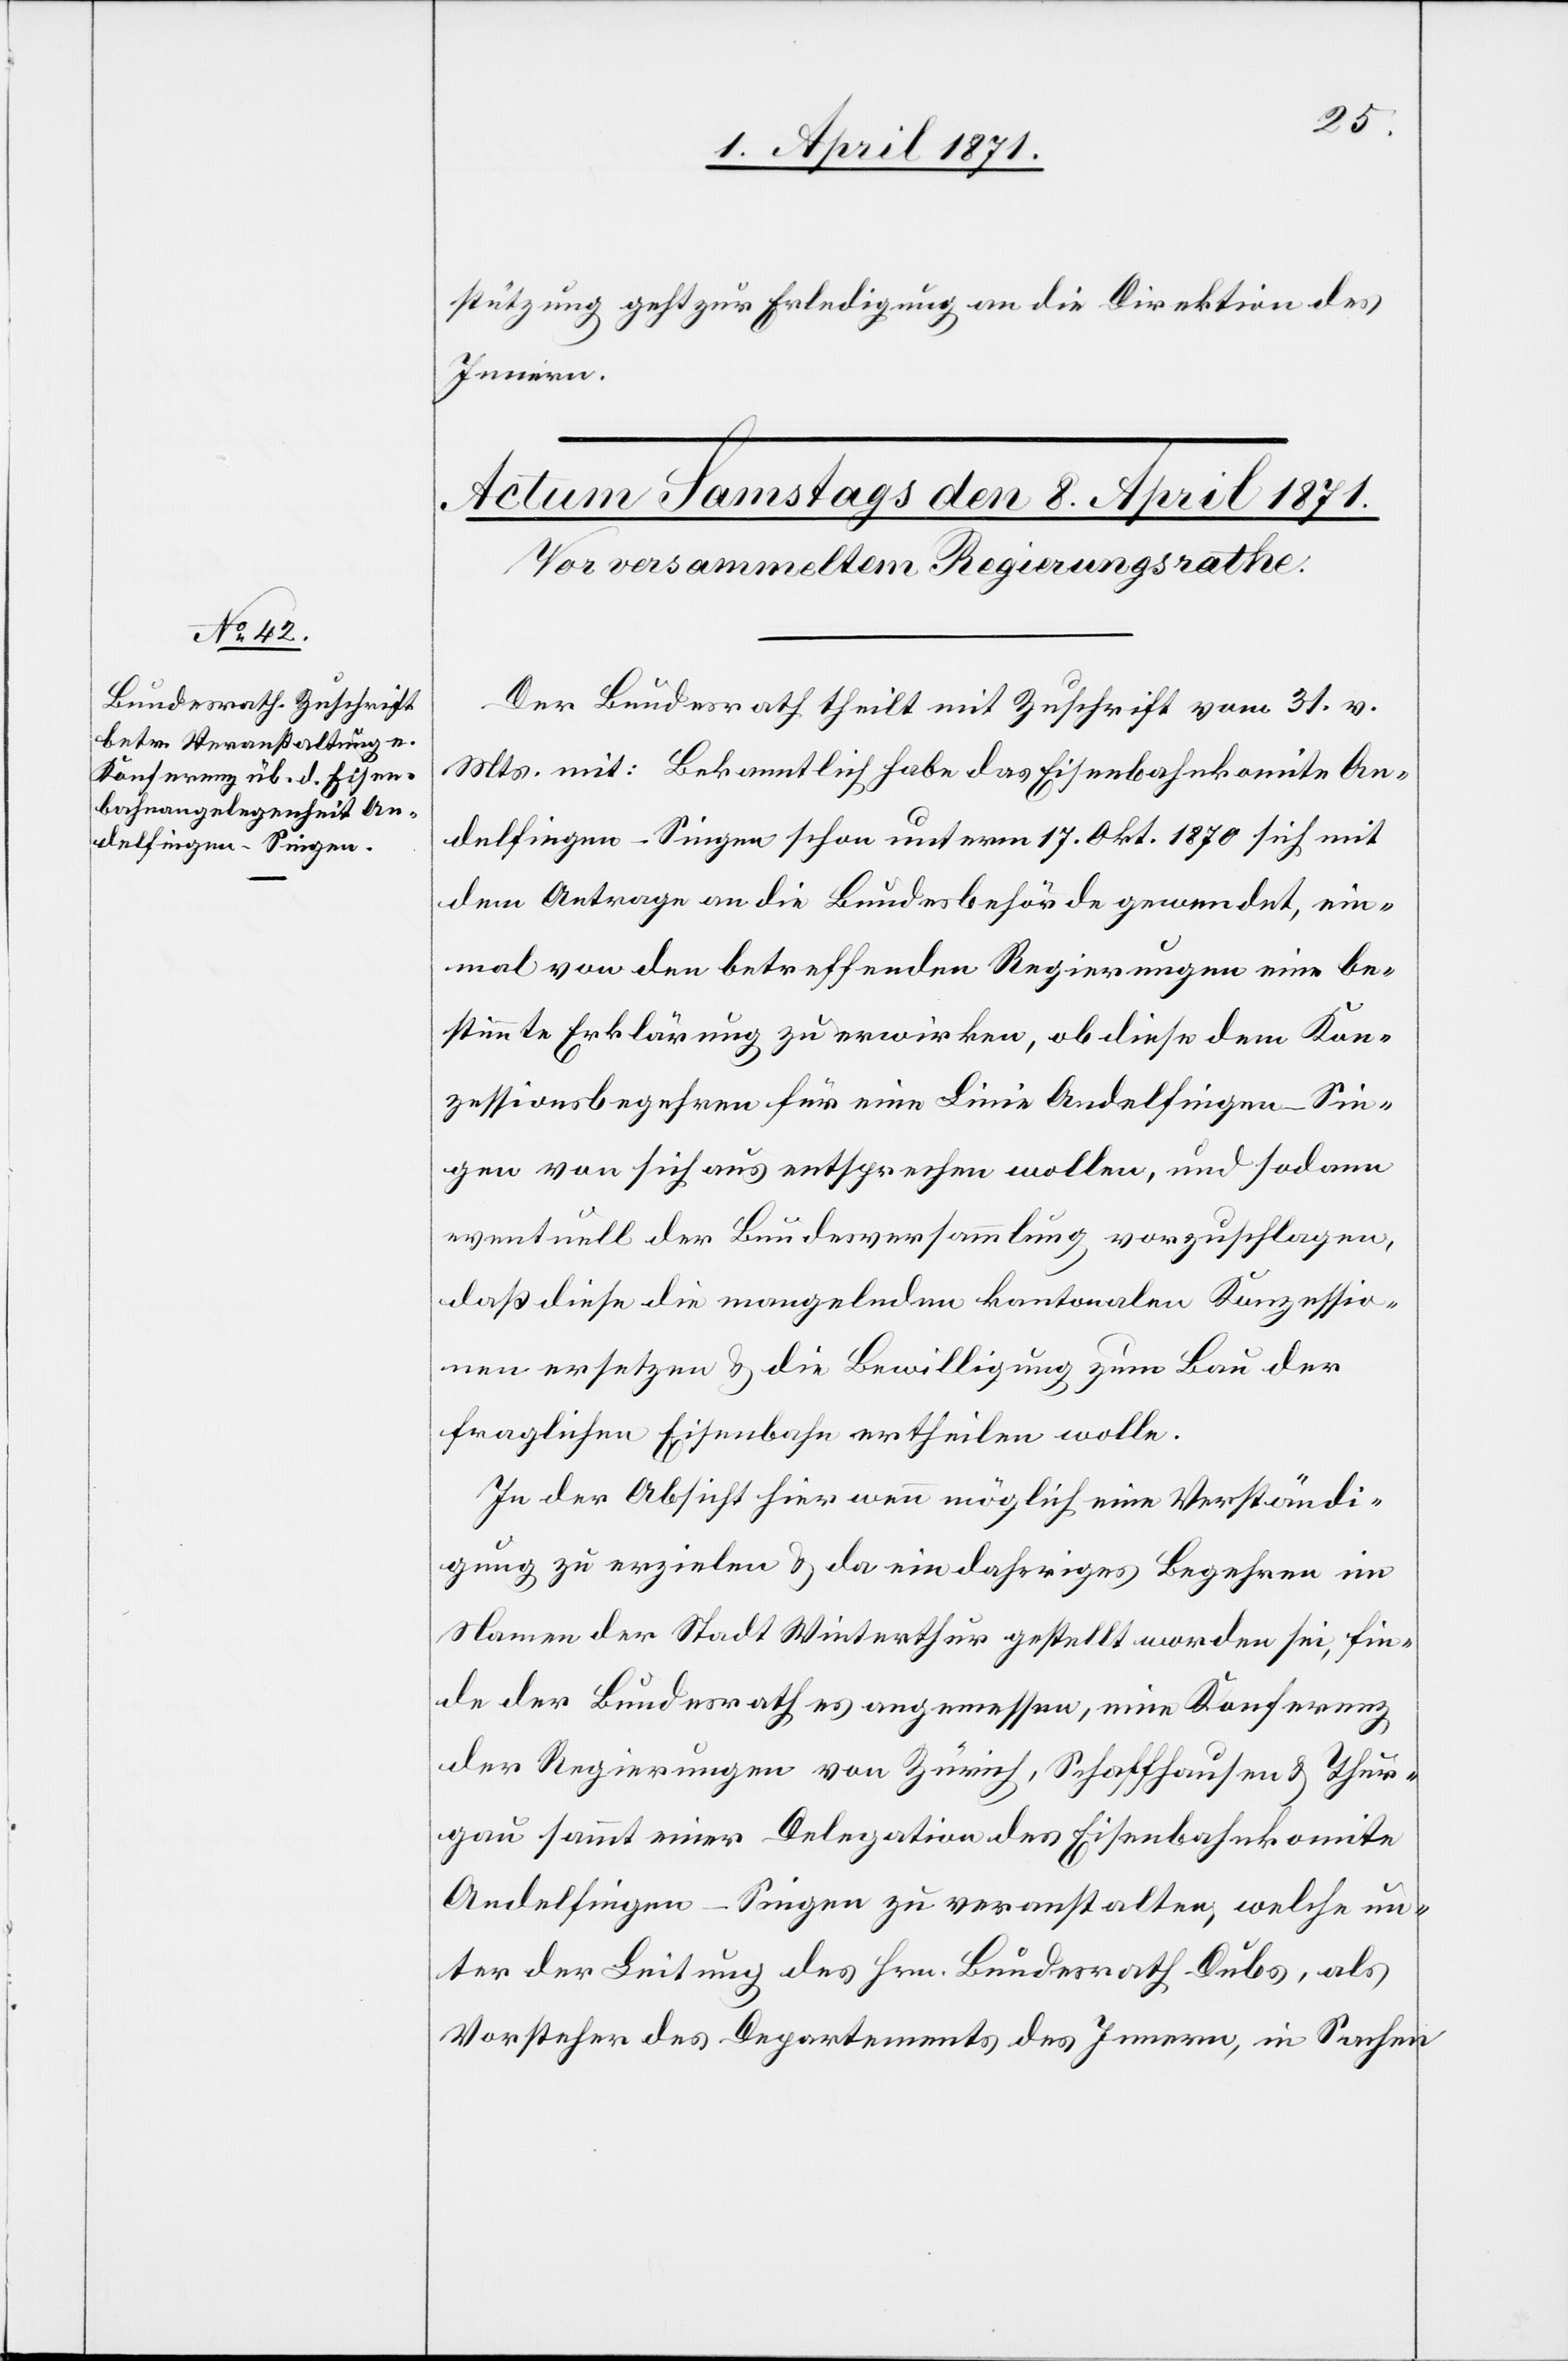
stützung geht zur Erledigung an die Direktion des
Innern.
Der Bundesrath theilt mit Zuschrift vom 31. v.
Mts. mit: Bekanntlich habe das Eisenbahnkomite An¬
delfingen-Singen schon unterm 17. Okt. 1870 sich mit
dem Antrage an die Bundesbehörde gewendet, ein¬
mal von den betreffenden Regierungen eine be¬
stimmte Erklärung zu erwirken, ob diese dem Kon¬
zessionsbegehren für eine Linie Andelfingen-Sin¬
gen von sich aus entsprechen wollen, und sodann
eventuell der Bundesversammlung vorzuschlagen,
daß dies die mangelnden kantonalen Konzessio¬
nen ersetzen u. die Bewilligung zum Bau der
fraglichen Eisenbahn ertheilen wolle.
In der Absicht hier wenn mögliche eine Verständi¬
gung zu erzielen u. da ein daheriges Begehren im
Namen der Stadt Winterthur gestellt worden sei, fin¬
de der Bundesrath es angemessen, eine Konferenz
der Regierungen von Zürich, Schaffhausen u. Thur¬
gau sammt einer Delegation des Eisenbahnkomite
Andelfingen-Singen zu veranstalten, welche un¬
ter der Leitung des Hrn. Bundesrath Dubs, als
Vorsteher des Departements des Innern, in Sachen